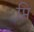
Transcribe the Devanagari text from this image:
प्ति